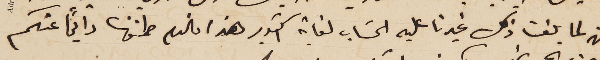
فنحن لما بلغنا ذلك غيرنا عليه الحسَاب لغاية اكتوبر هذا فالعلم طمنونا دايماً عنكم